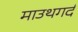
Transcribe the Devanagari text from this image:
माउथगर्द